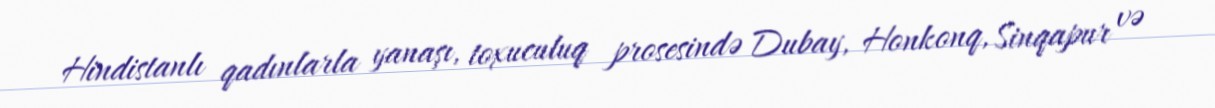
Hindistanlı qadınlarla yanaşı, toxuculuq prosesində Dubay, Honkonq, Sinqapur və